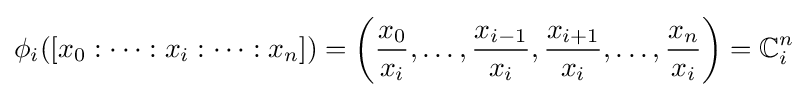
\phi _{i}([x_{0}:\cdots :x_{i}:\cdots :x_{n}])=\left({\frac {x_{0}}{x_{i}}},\ldots ,{\frac {x_{i-1}}{x_{i}}},{\frac {x_{i+1}}{x_{i}}},\ldots ,{\frac {x_{n}}{x_{i}}}\right)=\mathbb {C} _{i}^{n}